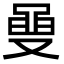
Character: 𮮡